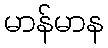
မာန်မာန